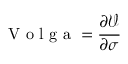
{ \textrm { V o l g a } } = { \frac { \partial { \mathcal { V } } } { \partial \sigma } }